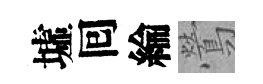
墟囘綸鶯